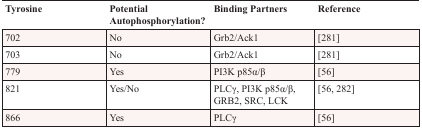
<table><thead><tr><td><b>Tyrosine</b></td><td><b>Potential Autophosphorylation?</b></td><td><b>Binding Partners</b></td><td><b>Reference</b></td></tr></thead><tbody><tr><td>702</td><td>No</td><td>Grb2/Ack1</td><td>[281]</td></tr><tr><td>703</td><td>No</td><td>Grb2/Ack1</td><td>[281]</td></tr><tr><td>779</td><td>Yes</td><td>PI3K p85α/β</td><td>[56]</td></tr><tr><td>821</td><td>Yes/No</td><td>PLCγ, PI3K p85α/β, GRB2, SRC, LCK</td><td>[56, 282]</td></tr><tr><td>866</td><td>Yes</td><td>PLCγ</td><td>[56]</td></tr></tbody></table>